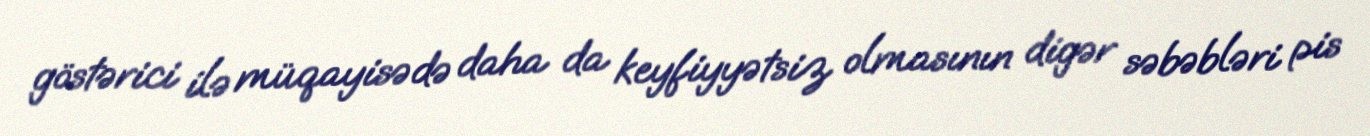
göstərici ilə müqayisədə daha da keyfiyyətsiz olmasının digər səbəbləri pis